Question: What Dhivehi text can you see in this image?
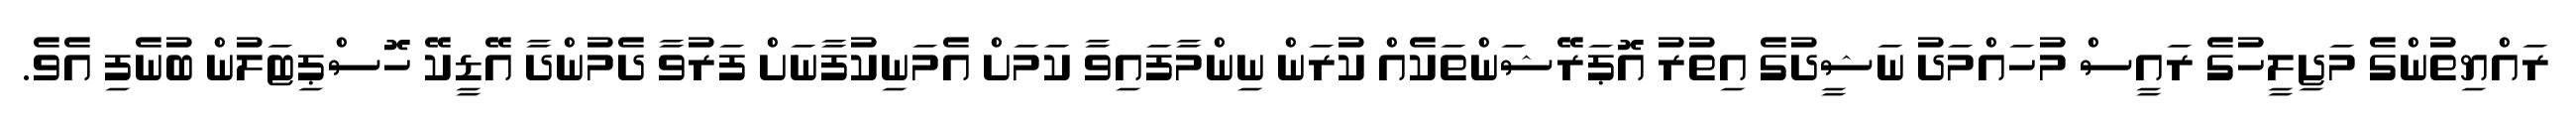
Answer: ރައްޔިތުންގެ މަޖިލީހުގެ ރައީސް މުހައްމަދު ނަޝީދުގެ އިތުރު އޮޕަރޭޝަންތަކެއް ކުރަން ނިންމާފައިވާ ކަމަށް އެމަނިކުފާނަށް ފަރުވާ ދެމުންދާ އޭޑީކޭ ހޮސްޕިޓަލުން ބުނެފި އެވެ.